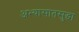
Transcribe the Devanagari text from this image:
अभ्यासातसुद्धा